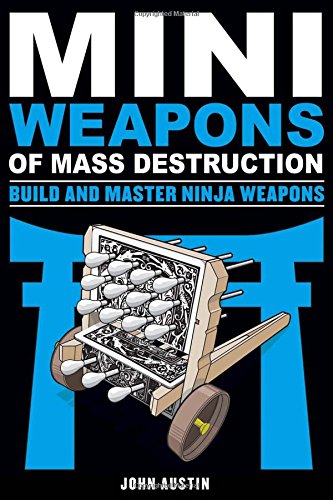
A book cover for Mini Weapons of Mass Destruction: Build and Master Ninja Weapons; John Austin; Crafts, Hobbies & Home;